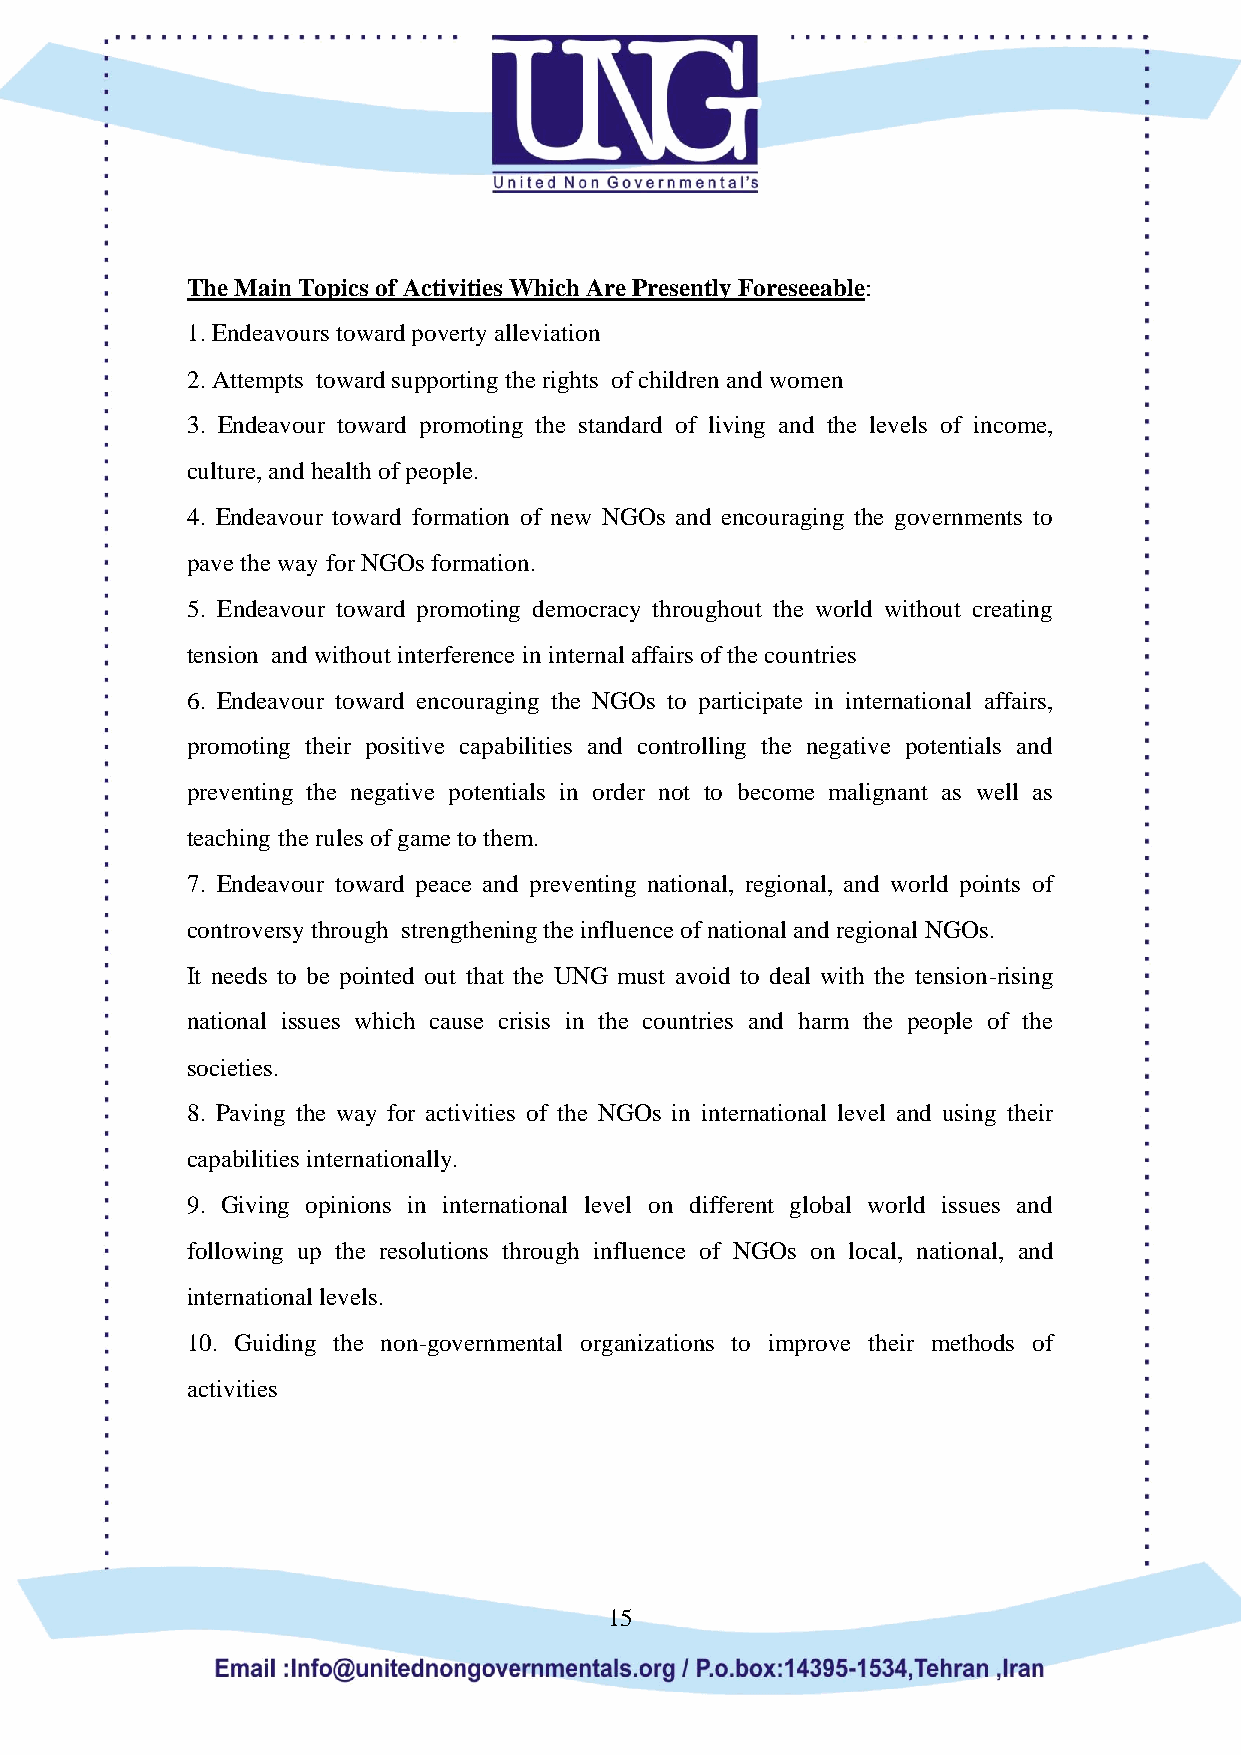
The Main Topics of Activities Which Are Presently Foreseeable:
 1. Endeavours toward poverty alleviation
 2. Attempts toward supporting the rights of children and women
 3. Endeavour toward promoting the standard of living and the levels of income,
 culture, and health of people.
 4. Endeavour toward formation of new NGOs and encouraging the governments to
 pave the way for NGOs formation.
 5. Endeavour toward promoting democracy throughout the world without creating
 tension and without interference in internal affairs of the countries
 6. Endeavour toward encouraging the NGOs to participate in international affairs,
 promoting their positive capabilities and controlling the negative potentials and
 preventing the negative potentials in order not to become malignant as well as
 teaching the rules of game to them.
 7. Endeavour toward peace and preventing national, regional, and world points of
 controversy through strengthening the influence of national and regional NGOs.
 It needs to be pointed out that the UNG must avoid to deal with the tension-rising
 national issues which cause crisis in the countries and harm the people of the
 societies.
 8. Paving the way for activities of the NGOs in international level and using their
 capabilities internationally.
 9. Giving opinions in international level on different global world issues and
 following up the resolutions through influence of NGOs on local, national, and
 international levels.
 10. Guiding the non-governmental organizations to improve their methods of
 activities
 15